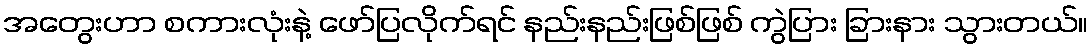
အတွေးဟာ စကားလုံးနဲ့ ဖော်ပြလိုက်ရင် နည်းနည်းဖြစ်ဖြစ် ကွဲပြား ခြားနား သွားတယ်။